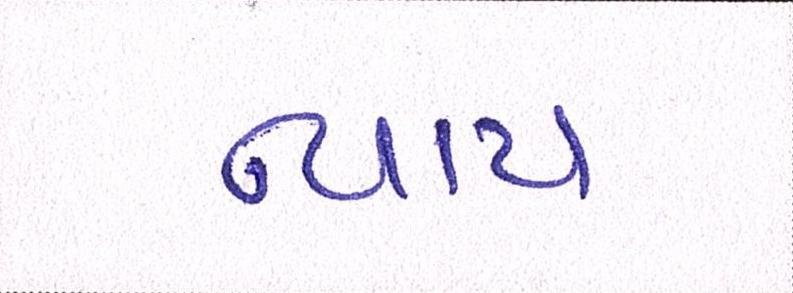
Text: ન્યાય